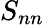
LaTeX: S_{nn}